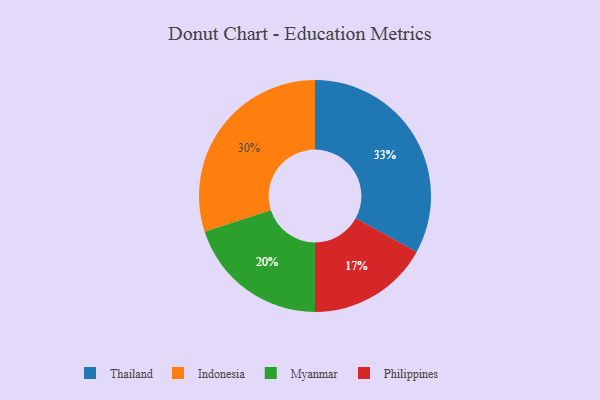
{"axis": {"x": "Category", "y": "Percentage"}, "legend": ["Indonesia", "Myanmar", "Philippines", "Thailand"], "data": [{"x": "Philippines", "y": 17, "type": "Philippines"}, {"x": "Thailand", "y": 33, "type": "Thailand"}, {"x": "Indonesia", "y": 30, "type": "Indonesia"}, {"x": "Myanmar", "y": 20, "type": "Myanmar"}]}